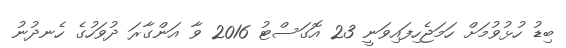
ބިޑު ހުޅުވުމަށް ހަމަޖެހިފައިވަނީ 23 އޮގަސްޓު 2016 ވާ އަންގާރަ ދުވަހުގެ ހެނދުނު